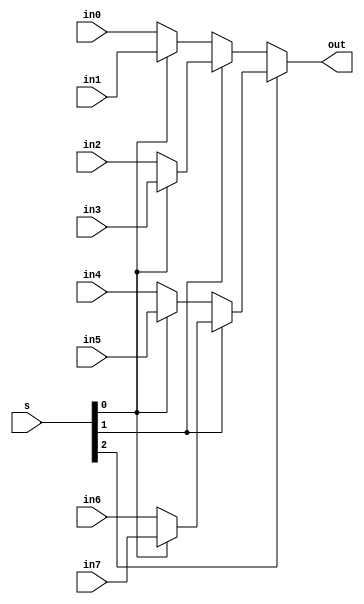
/********************************************************************************************************
/		MODULE: Bit16_Mux8_1
/		PURPOSE: 8 input Mux with 3 select lines
/
/		INPUTS: in0 [15:0] - 000
/				in1 [15:0] - 001
/				in2 [15:0] - 010
/				in3 [15:0] - 011
/				in4 [15:0] - 100
/				in5 [15:0] - 101
/				in6 [15:0] - 110
/				in7 [15:0] - 111
/				s [2:0] - Select lines
/
/		OUTPUTS: out [15:0] - output of mux
********************************************************************************************************/
module Bit16_Mux8_1 (in0, in1, in2, in3, in4, in5, in6, in7, s, out);

	input [15:0] in0;
	input [15:0] in1;
	input [15:0] in2;
	input [15:0] in3;
	input [15:0] in4;
	input [15:0] in5;
	input [15:0] in6;
	input [15:0] in7;
	input [2:0] s;
	
	output [15:0] out;

	assign out = s[2] ?	(s[1] ? (s[0] ? in7 : in6) : (s[0] ? in5 : in4)) : (s[1] ? (s[0] ? in3 : in2) : (s[0] ? in1 : in0));

endmodule